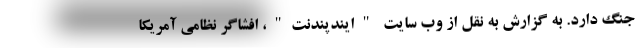
جنگ دارد. به گزارش به نقل از وب سایت "ایندپندنت"، افشاگر نظامی آمریکا